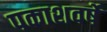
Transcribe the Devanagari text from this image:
पकाशवर्षे